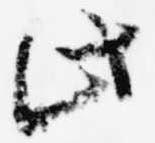
此